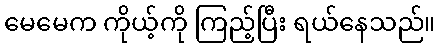
မေမေက ကိုယ့်ကို ကြည့်ပြီး ရယ်နေသည်။